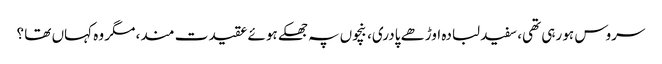
سروس ہو رہی تھی، سفید لبادہ اوڑھے پادری، بنچوں پہ جھکے ہوئے عقیدت مند، مگر وہ کہاں تھا ؟